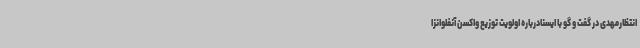
انتظارمهدی در گفت و گو با ایسنادرباره اولویت توزیع واکسن آنفلوانزا